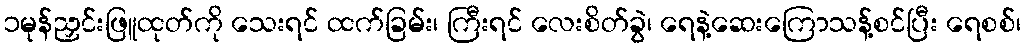
၁မုန်ညှင်းဖြူထုတ်ကို သေးရင် ထက်ခြမ်း၊ ကြီးရင် လေးစိတ်ခွဲ၊ ရေနဲ့ဆေးကြောသန့်စင်ပြီး ရေစစ်၊